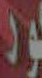
كور